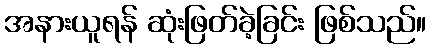
အနားယူရန် ဆုံးဖြတ်ခဲ့ခြင်း ဖြစ်သည်။